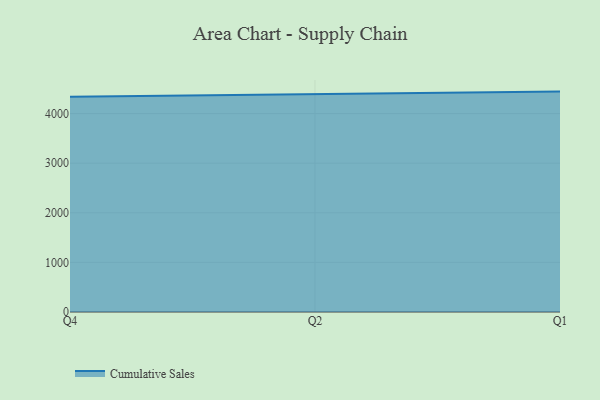
{"axis": {"x": "Quarter", "y": "Net Income (USD K)"}, "legend": ["Cumulative Sales"], "data": [{"x": "Q4", "y": 4339.4, "type": "Cumulative Sales"}, {"x": "Q2", "y": 4391.4, "type": "Cumulative Sales"}, {"x": "Q1", "y": 4442.4, "type": "Cumulative Sales"}]}